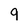
Character: 9